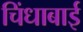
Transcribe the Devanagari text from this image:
चिंधाबाई